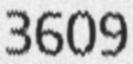
3609